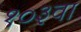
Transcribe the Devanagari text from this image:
१०३वा